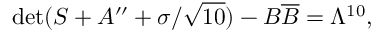
\operatorname * { d e t } ( S + A ^ { \prime \prime } + \sigma / \sqrt { 1 0 } ) - B \overline { { { B } } } = \Lambda ^ { 1 0 } ,